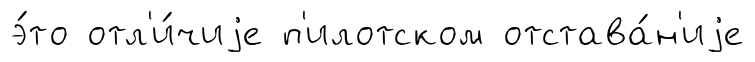
э́то отл'и́чиjе п'илотском отстава́н'иjе